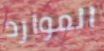
الموارد